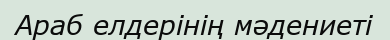
Араб елдерінің мәдениеті